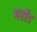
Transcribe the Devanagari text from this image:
गर्राड